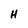
Character: H